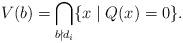
LaTeX: \begin{align*} V(b)=\bigcap_{b\nmid d_i}\{x\mid Q(x)=0\}.\end{align*}